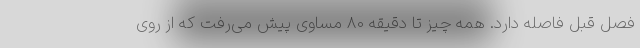
فصل قبل فاصله دارد. همه چیز تا دقیقه 80 مساوی پیش می‌رفت که از روی